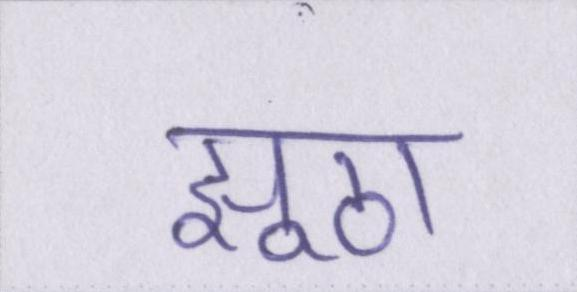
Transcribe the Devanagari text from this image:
झूठा